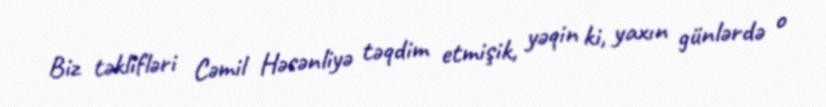
Biz təklifləri Cəmil Həsənliyə təqdim etmişik, yəqin ki, yaxın günlərdə o